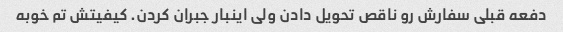
دفعه قبلی سفارش رو ناقص تحویل دادن ولی اینبار جبران کردن. کیفیتش تم خوبه